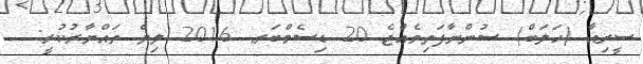
ސީރިއާ (ހަލަބް) ސުންނާފަތިވެއްޖެ 20 ޑިސެމްބަރ